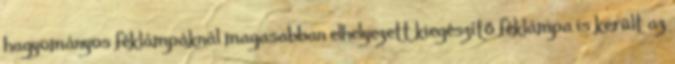
hagyományos féklámpáknál magasabban elhelyezett kiegészítő féklámpa is került az